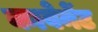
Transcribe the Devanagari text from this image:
कावेनेंट